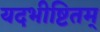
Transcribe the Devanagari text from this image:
यदभीष्टितम्